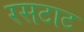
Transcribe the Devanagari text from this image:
रसटाट